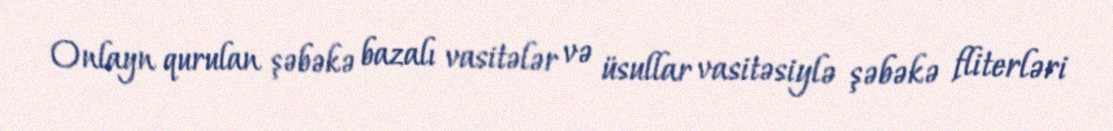
Onlayn qurulan şəbəkə bazalı vasitələr və üsullar vasitəsiylə şəbəkə fliterləri